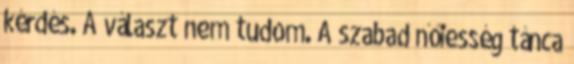
kérdés. A választ nem tudom. A szabad nőiesség tánca